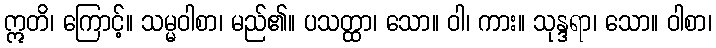
ဣတိ၊ ကြောင့်။ သမ္မဝါစာ၊ မည်၏။ ပသတ္ထာ၊ သော။ ဝါ၊ ကား။ သုန္ဒရာ၊ သော။ ဝါစာ၊